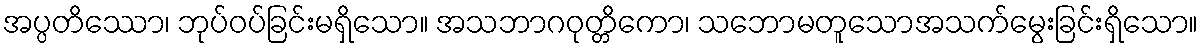
အပ္ပတိဿော၊ ဘုပ်ဝပ်ခြင်းမရှိသော။ အသဘာဂဝုတ္တိကော၊ သဘောမတူသောအသက်မွေးခြင်းရှိသော။